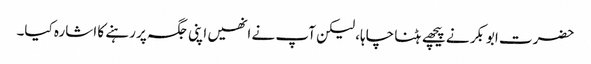
حضرت ابوبکر نے پیچھے ہٹنا چاہا، لیکن آپ نے انھیں اپنی جگہ پر رہنے کا اشارہ کیا۔